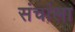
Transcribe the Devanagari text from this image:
संचांला